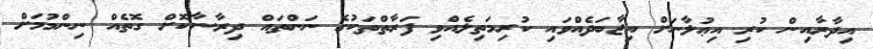
އިދާރާއިން ކުރި އިޢުލާނަށް އިޖާބަދެއްވައި ކުރިމަތިލެއްވި ފަރާތްތަކުގެ ނަންތައް ދިރާސާކޮށް ގޮތެއް ނިންމުމަށް